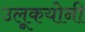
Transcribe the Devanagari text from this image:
उलूकयोनी